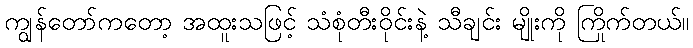
ကျွန်တော်ကတော့ အထူးသဖြင့် သံစုံတီးဝိုင်းနဲ့ သီချင်း မျိုးကို ကြိုက်တယ်။